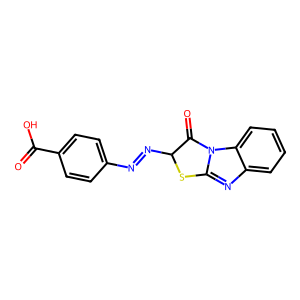
SMILES: O=C(O)c1ccc(N=NC2Sc3nc4ccccc4n3C2=O)cc1
Inhibits HIV replication: No